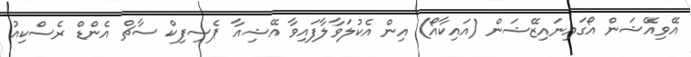
އޭވިއޭޝަން އޯގައިނައިޒޭޝަން (އައިކާއޯ) އިން އެކުލަވާލާފައިވާ އޭޝިއާ ޕެސިފިކް ސާޗް އެންޑް ރެސްކިއު